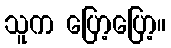
သူက ပြော့ပြော့။